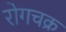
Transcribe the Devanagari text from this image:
रोगचक्र